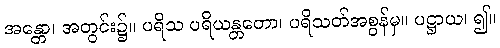
အန္တော၊ အတွင်း၌။ ပရိသ ပရိယန္တတော၊ ပရိသတ်အစွန်မှ။ ပဋ္ဌာယ၊ ၍။